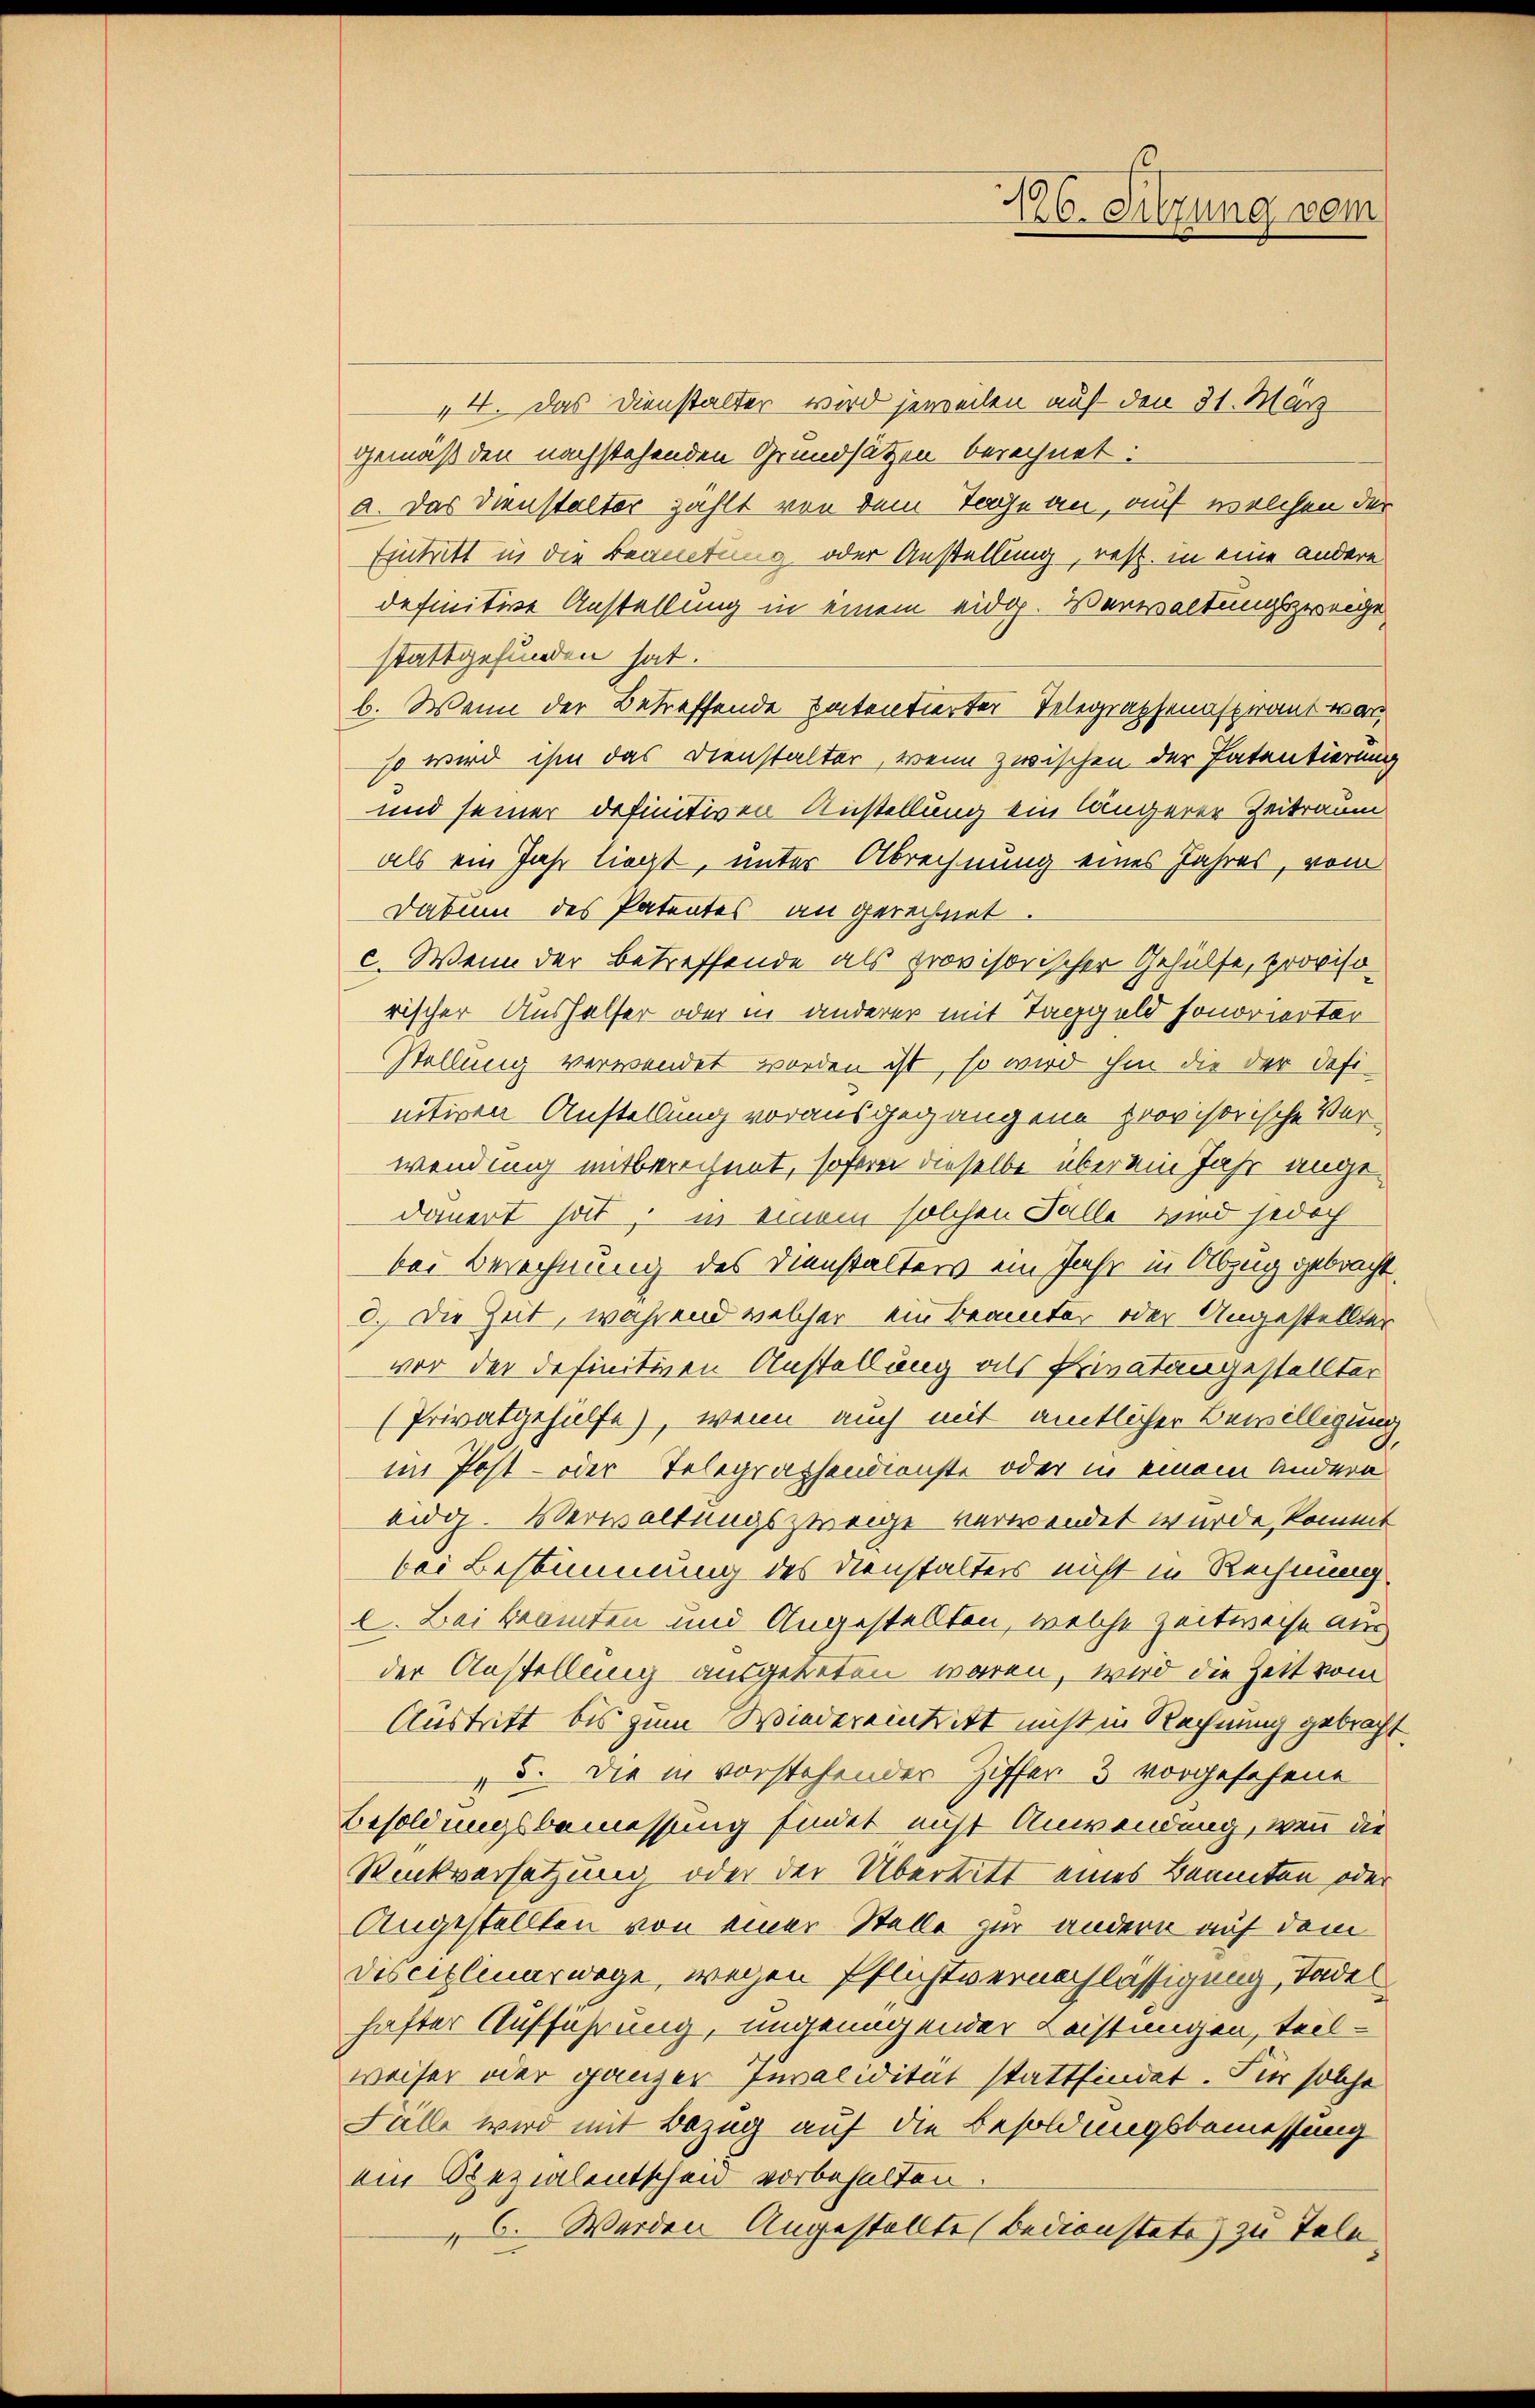
44. Das Dienstalter wird jeweilen auf den 31. März
Gemäß den nachstehenden Grundsätzen berechnet:
a. Das Dienstalter zahlt von dem Tage an, auf welchen der
Eintritt in die Beamtung oder Anstellung, rest. in eine andere
definitive Anstellung in einem eidg. Verwaltungszweige
stattgefunden hat.
b. Wenn der Betreffende Patentierter Selegraphenasperant war
so wird ihm das Dienstalter, wenn zwischen der Patentierung
und seiner definitiven Anstellung ein längerer Zeitraum
als ein Jahr liegt, unter Abrechnung eines Jahres, vom
Datum des Patentes an gerechnet
c. Wenn der betreffende als provisorischer Gehülfe, provisorischer Aushalfer oder in anderer mit Taggeld honorierter
Stellung verwendet worden ist, so wird ihm die der definitiven Anstellung vorausgegangene provisorische Verwendung mitberechnet, sofern dieselbe über ein Jahr angedauert hat, in einem solchen Falle wird jedoch
bei Berechnung des Dienstalters ein Jahr in Abzug gebracht.
3.) Die Zeit, während welcher ein Beamter oder Ungestellter
vor der definitiven Anstellung als Privatangestellter
Privatgehülfe, wenn auch mit amtlicher Bewilligung
x
im Post- oder Telegraphendienste oder in einem Andern
eidg. Verwaltungszweige verwendet wurde, kommt
bei Bestimmung des Dienstalters nicht in Rechnung
l. Bei Beamten und Angestellten, welche Zeitweise aus
der Anstellung ausgetreten waren, wird die Zeit vom
Austritt bis zum Wiedereintritt nicht in Rechnung gebracht
". Die in vorstehender Ziffer 3 vorgesehene
Besoldungsbemessung findet nicht Anwendung, wenn die
Rückversetzung oder der Übertritt eines Beamten oder
Angestellten von einer Stelle zur andern auf dem
Disciplinarwege, wegen Pflichtvernachlässigung, Tadel
hafter Aufführung, ungenügender Leistungen, teil-
weiser oder ganzer Invalidität stattfindet. Für solche
Fälle wird mit Bezug auf die Besoldungsbemessung
ein Spezialentscheid vorbehalten.
6. Werden Angestellte (Bedienstete zu Tele

196. Sitzung vom